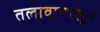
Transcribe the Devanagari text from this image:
तलावापासून